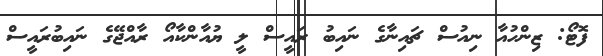
ފޮޓޯ: ޒިންހުއާ ނިއުސް ޗައިނާގެ ނައިބު ރައީސް ލީ ޔުއާންކާއޯ ރާއްޖޭގެ ނައިބުރައީސް